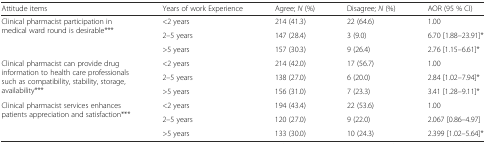
<table><thead><tr><td><b>Attitude items</b></td><td><b>Years of work Experience</b></td><td><b>Agree; <i>N</i> (%)</b></td><td><b>Disagree; <i>N</i> (%)</b></td><td><b>AOR (95 % CI)</b></td></tr></thead><tbody><tr><td rowspan="3">Clinical pharmacist participation in medical ward round is desirable***</td><td>&lt;2 years</td><td>214 (41.3)</td><td>22 (64.6)</td><td>1.00</td></tr><tr><td>2–5 years</td><td>147 (28.4)</td><td>3 (9.0)</td><td>6.70 [1.88–23.91]*</td></tr><tr><td>&gt;5 years</td><td>157 (30.3)</td><td>9 (26.4)</td><td>2.76 [1.15–6.61]*</td></tr><tr><td rowspan="3">Clinical pharmacist can provide drug information to health care professionals such as compatibility, stability, storage, availability***</td><td>&lt;2 years</td><td>214 (42.0)</td><td>17 (56.7)</td><td>1.00</td></tr><tr><td>2–5 years</td><td>138 (27.0)</td><td>6 (20.0)</td><td>2.84 [1.02–7.94]*</td></tr><tr><td>&gt;5 years</td><td>156 (31.0)</td><td>7 (23.3)</td><td>3.41 [1.28–9.11]*</td></tr><tr><td rowspan="3">Clinical pharmacist services enhances patients appreciation and satisfaction***</td><td>&lt;2 years</td><td>194 (43.4)</td><td>22 (53.6)</td><td>1.00</td></tr><tr><td>2–5 years</td><td>120 (27.0)</td><td>9 (22.0)</td><td>2.067 [0.86–4.97]</td></tr><tr><td>&gt;5 years</td><td>133 (30.0)</td><td>10 (24.3)</td><td>2.399 [1.02–5.64]*</td></tr></tbody></table>